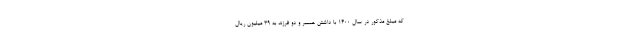
که مبلغ مذکور در سال 1400 با داشتن همسر و دو فرزند به 39 میلیون ریال